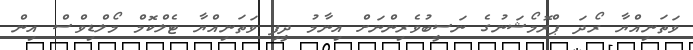
ވަތަނިއްޔާ ރޯދަ ޕްރޮމޯޝަނުގެ ނަސީބުވެރިންނަށް އިނާމު ދީފި ވަތަނިއްޔާ ޓެލްކޮމް މޯލްޑިވްސް އިން